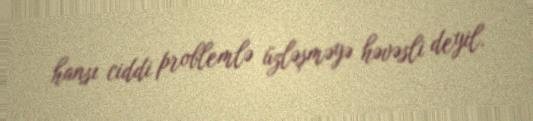
hansı ciddi problemlə üzləşməyə həvəsli deyil.